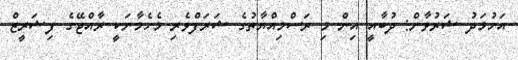
އަހުމަދު ޝަރުވާން: ދުބާއީ އިން މި ރަސްމިއްޔާތުގެ ޝަރަފްވެރި މެހެމާނަކީ ރާއްޖޭގެ ފިޝަރީޒް